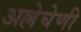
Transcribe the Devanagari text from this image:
अल्लेघेणी